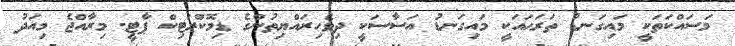
މަސައްކަތަކީ މައިގަނޑު ތަރަޙައަކީ މައިގަނޑު އަސާސަކީ ދިވެހިރައްޔިތުންގެ ޑިމޮކްރަޓިކް ޕާޓީ. މިރާއްޖެ މިއަދު